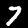
Label: 7